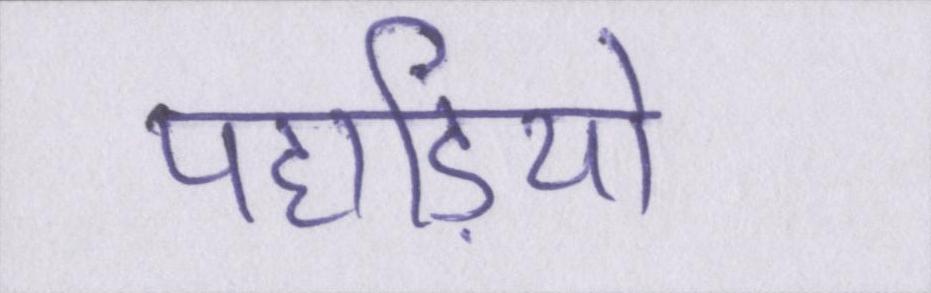
पहाड़ियो